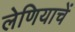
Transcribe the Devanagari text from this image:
लेणियाचें